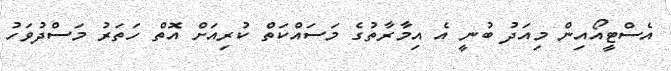
އެސްޓީއޯއިން މިއަދު ބުނީ އެ އިމާރާތުގެ މަސައްކަތް ކުރިއަށް އޮތް ހަތަރު މަސްދުވަހު